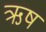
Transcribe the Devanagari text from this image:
ऋष